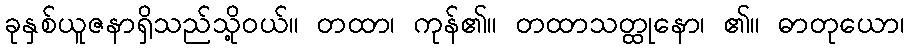
ခုနှစ်ယူဇနာရှိသည်သို့ဝယ်။ တထာ၊ ကုန်၏။ တထာသတ္ထုနော၊ ၏။ ဓာတုယော၊